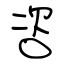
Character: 咨